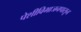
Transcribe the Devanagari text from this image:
पेशीविभाजनपासून